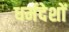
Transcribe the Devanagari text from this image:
धर्मदेशों